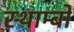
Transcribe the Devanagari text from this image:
स्थाम्बो